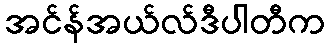
အင်န်အယ်လ်ဒီပါတီက